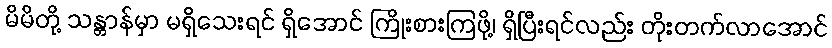
မိမိတို့ သန္တာန်မှာ မရှိသေးရင် ရှိအောင် ကြိုးစားကြဖို့၊ ရှိပြီးရင်လည်း တိုးတက်လာအောင်